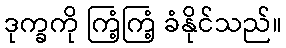
ဒုက္ခကို ကြံ့ကြံ့ ခံနိုင်သည်။